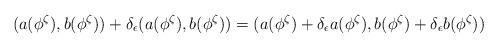
LaTeX: \begin{align*}(a(\phi^\zeta),b(\phi^\zeta))+\delta_\epsilon (a(\phi^\zeta),b(\phi^\zeta)) =(a(\phi^\zeta)+\delta_\epsilon a(\phi^\zeta), b(\phi^\zeta)+\delta_\epsilon b(\phi^\zeta)) \end{align*}